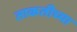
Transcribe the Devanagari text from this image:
ताकतीच्या